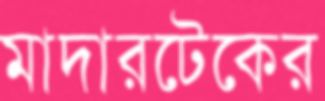
মাদারটেকের